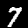
Label: 7